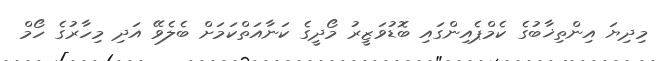
މިދިޔަ އިންތިޚާބުގެ ކެމްޕެއިންގައި ބޮޑުވަޒީރު މޯދީގެ ކަނާއަތްކަމަށް ބެލެވޭ އަދި މިހާރުގެ ހޯމް